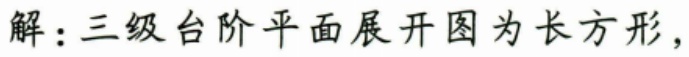
解：三级台阶平面展开图为长方形，